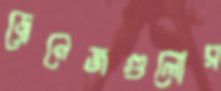
ড্রেনেজগুলোর